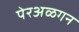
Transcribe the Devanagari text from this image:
पेरअळगन